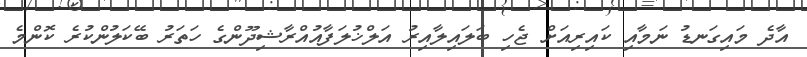
އާދެ މައިގަނޑު ނަމާއި ކައިރިއަށް ޖެހި ބަލައިލާއިރު އަލްޚުލަފާއުއްރާޝިދޫންގެ ހަތަރު ބޭކަލުންކުރެ ކޮންމެ